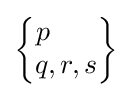
{\begin{Bmatrix}p\ \ \ \ \ \\q,r,s\end{Bmatrix}}